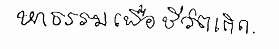
หาธรรมเพื่อชีวิตเถิด